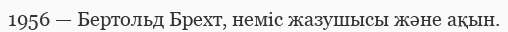
1956 — Бертольд Брехт, неміс жазушысы және ақын.